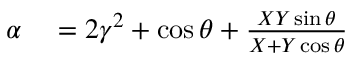
\begin{array} { r l } { \alpha } & { { } = 2 \gamma ^ { 2 } + \cos \theta + \frac { X Y \sin \theta } { X + Y \cos \theta } } \end{array}